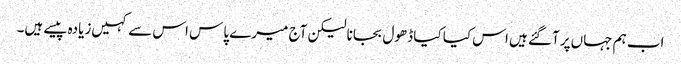
اب ہم جہاں‌پر آگئے ہیں اس کیا کیا ڈھول بجانا لیکن آج میرے پاس اس سے کہیں‌زیادہ پیسے ہیں۔